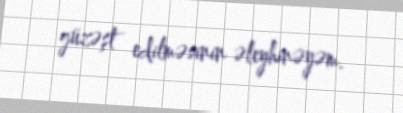
güzəşt edilməsinin əleyhinəyəm.